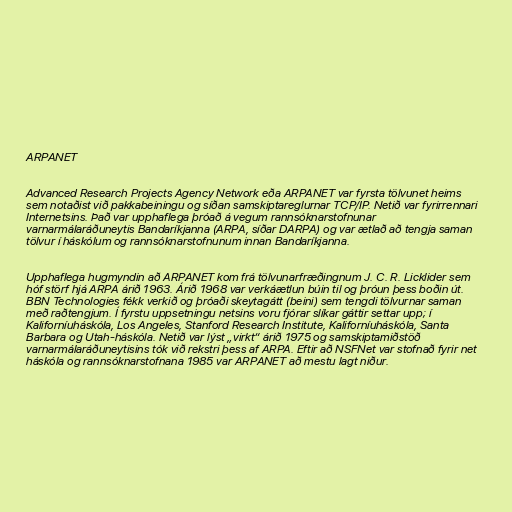
ARPANET

Advanced Research Projects Agency Network eða ARPANET var fyrsta tölvunet heims
sem notaðist við pakkabeiningu og síðan samskiptareglurnar TCP/IP. Netið var fyrirrennari
Internetsins. Það var upphaflega þróað á vegum rannsóknarstofnunar
varnarmálaráðuneytis Bandaríkjanna (ARPA, síðar DARPA) og var ætlað að tengja saman
tölvur í háskólum og rannsóknarstofnunum innan Bandaríkjanna.

Upphaflega hugmyndin að ARPANET kom frá tölvunarfræðingnum J. C. R. Licklider sem
hóf störf hjá ARPA árið 1963. Árið 1968 var verkáætlun búin til og þróun þess boðin út.
BBN Technologies fékk verkið og þróaði skeytagátt (beini) sem tengdi tölvurnar saman
með raðtengjum. Í fyrstu uppsetningu netsins voru fjórar slíkar gáttir settar upp; í
Kaliforníuháskóla, Los Angeles, Stanford Research Institute, Kaliforníuháskóla, Santa
Barbara og Utah-háskóla. Netið var lýst „virkt“ árið 1975 og samskiptamiðstöð
varnarmálaráðuneytisins tók við rekstri þess af ARPA. Eftir að NSFNet var stofnað fyrir net
háskóla og rannsóknarstofnana 1985 var ARPANET að mestu lagt niður.